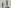
Text: 11